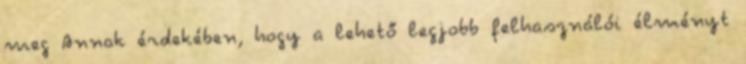
meg Annak érdekében, hogy a lehető legjobb felhasználói élményt